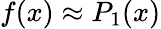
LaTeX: f(x)\approx P_{1}(x)